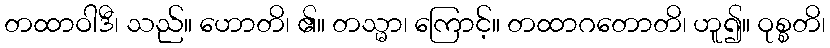
တထာဝါဒီ၊ သည်။ ဟောတိ၊ ၏။ တသ္မာ၊ ကြောင့်။ တထာဂတောတိ၊ ဟူ၍။ ဝုစ္စတိ၊